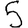
Digit: 5